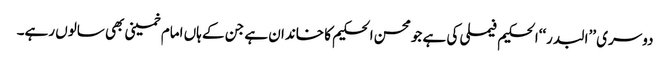
دوسری ’’البدر‘‘الحکیم فیملی کی ہے جو محسن الحکیم کا خاندان ہے جن کے ہاں امام خمینی بھی سالوں رہے۔